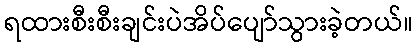
ရထားစီးစီးချင်းပဲအိပ်ပျော်သွားခဲ့တယ်။